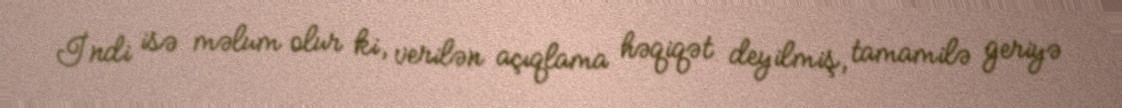
İndi isə məlum olur ki, verilən açıqlama həqiqət deyilmiş, tamamilə geriyə